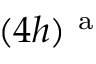
( 4 h ) ^ { \mathrm { ~ a ~ } }